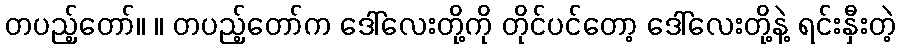
တပည့်တော်။ ။ တပည့်တော်က ဒေါ်လေးတို့ကို တိုင်ပင်တော့ ဒေါ်လေးတို့နဲ့ ရင်းနှီးတဲ့